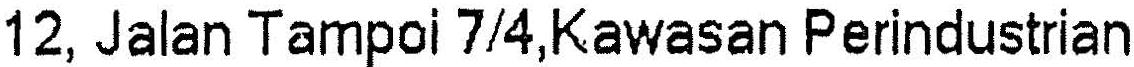
12, JALAN TAMPOI 7/4,KAWASAN PERINDUSTRIAN